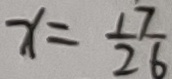
x = \frac { 1 7 } { 2 6 }